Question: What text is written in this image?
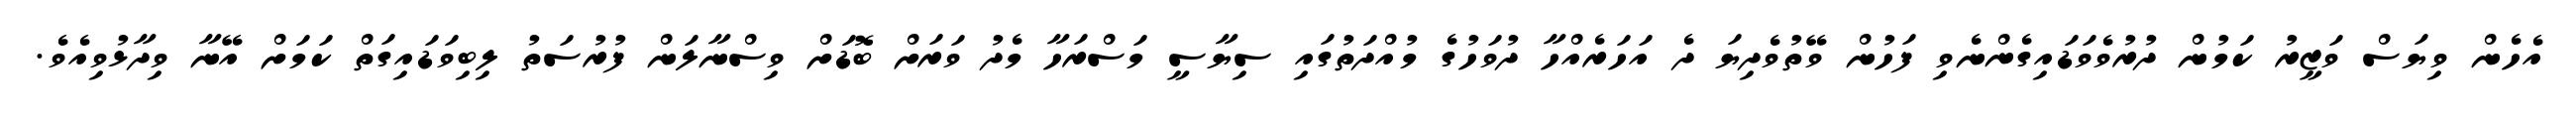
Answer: އެހެން ވިޔަސް ވަޒީރު ކަމުން ދުރުވެވަޑައިގެންނެވި ފަހުން ވޭތުވެދިޔަ ދެ އަހަރެއްހާ ދުވަހުގެ މުއްދަތުގައި ސިޔާސީ މަސްރަހާ މެދު ވަރަށް ބޮޑަށް ވިސްނާލަން ފުރުސަތު ލިބިވަޑައިގަތް ކަމަށް އޭނާ ވިދާޅުވިއެވެ.